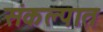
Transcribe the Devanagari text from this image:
संकल्पात